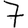
Digit: 7